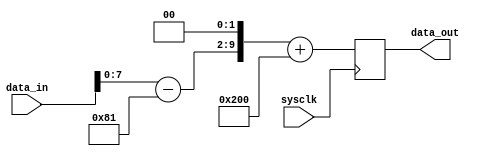
//------------------------------
// Module name: multiply-by-4 processor
// Function: Amplify input x4
//------------------------------

module processor(sysclk, data_in, data_out);

	input				sysclk;		// system clock
	input [9:0]		data_in;		// 10-bit input data
	output [9:0] 	data_out;	// 10-bit output data

	wire				sysclk;
	wire [9:0]		data_in;
	reg [9:0] 		data_out;
	wire [9:0]		x,y;

	parameter 		ADC_OFFSET = 10'h181;
	parameter 		DAC_OFFSET = 10'h200;

    // x is input in 2's complement
	assign x = data_in[9:0] - ADC_OFFSET;
	
	assign y = x << 2;
	
	//  Now clock y output with system clock
	always @(posedge sysclk)
		data_out <=  y + DAC_OFFSET;
		
endmodule